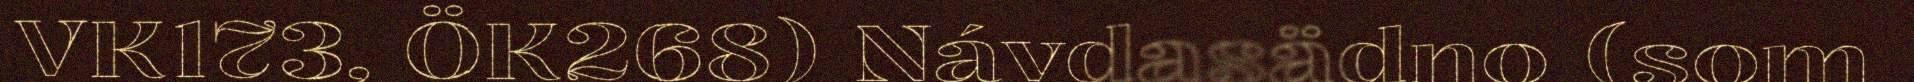
VK173, ÖK268) Návdasädno (som